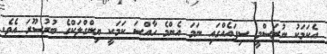
އެކަމަކު ނުރަސްމީ ސިފައެއްގައި ނަމަ އެންމެ ހާއްސަ ކަމަކީ ޔިންގްލަކްގެ ބުރުސޫރަ އެވެ.